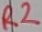
Text: R2